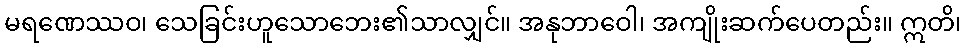
မရဏေဿဝ၊ သေခြင်းဟူသောဘေး၏သာလျှင်။ အနုဘာဝေါ၊ အကျိုးဆက်ပေတည်း။ ဣတိ၊